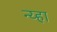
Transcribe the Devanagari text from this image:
न्य्हा